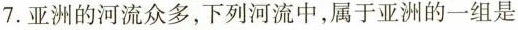
7.亚洲的河流众多，下列河流中，属于亚洲的一组是